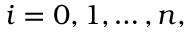
i = 0 , 1 , \ldots , n ,